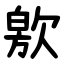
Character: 㰾